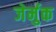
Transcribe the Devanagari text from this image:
जेर्मुक